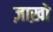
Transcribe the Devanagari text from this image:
ज़ाख़ो